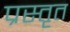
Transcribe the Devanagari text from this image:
प्रस्तृत